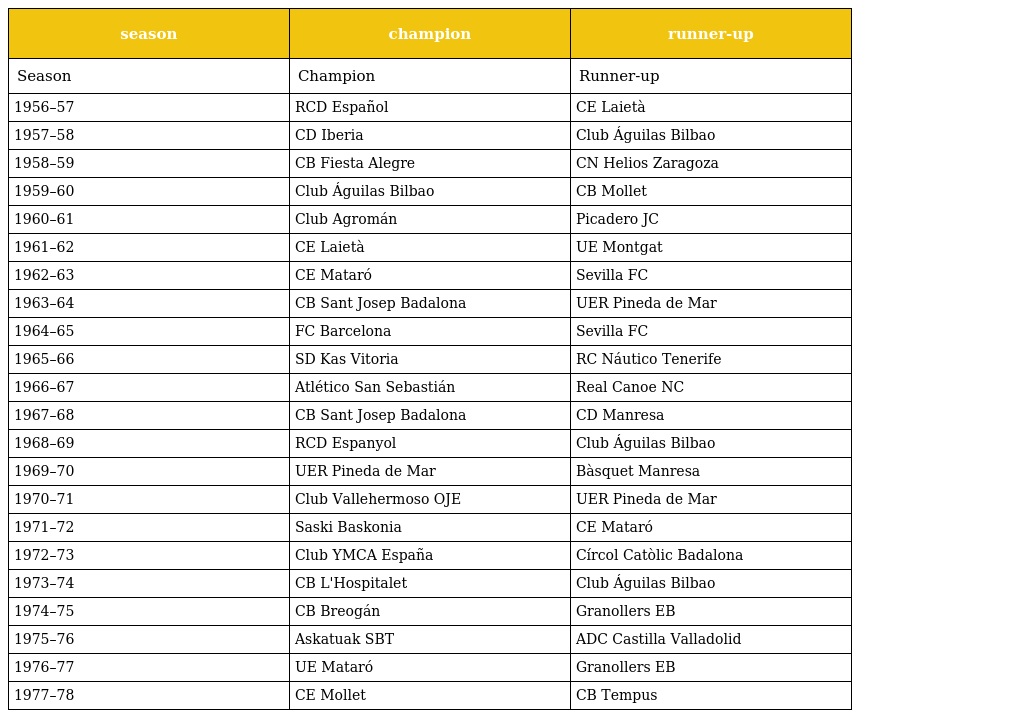
| season | champion | runner-up |
 | --- | --- | --- |
 | Season | Champion | Runner-up |
 | 1956–57 | RCD Español | CE Laietà |
 | 1957–58 | CD Iberia | Club Águilas Bilbao |
 | 1958–59 | CB Fiesta Alegre | CN Helios Zaragoza |
 | 1959–60 | Club Águilas Bilbao | CB Mollet |
 | 1960–61 | Club Agromán | Picadero JC |
 | 1961–62 | CE Laietà | UE Montgat |
 | 1962–63 | CE Mataró | Sevilla FC |
 | 1963–64 | CB Sant Josep Badalona | UER Pineda de Mar |
 | 1964–65 | FC Barcelona | Sevilla FC |
 | 1965–66 | SD Kas Vitoria | RC Náutico Tenerife |
 | 1966–67 | Atlético San Sebastián | Real Canoe NC |
 | 1967–68 | CB Sant Josep Badalona | CD Manresa |
 | 1968–69 | RCD Espanyol | Club Águilas Bilbao |
 | 1969–70 | UER Pineda de Mar | Bàsquet Manresa |
 | 1970–71 | Club Vallehermoso OJE | UER Pineda de Mar |
 | 1971–72 | Saski Baskonia | CE Mataró |
 | 1972–73 | Club YMCA España | Círcol Catòlic Badalona |
 | 1973–74 | CB L'Hospitalet | Club Águilas Bilbao |
 | 1974–75 | CB Breogán | Granollers EB |
 | 1975–76 | Askatuak SBT | ADC Castilla Valladolid |
 | 1976–77 | UE Mataró | Granollers EB |
 | 1977–78 | CE Mollet | CB Tempus |